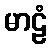
မာဠံ